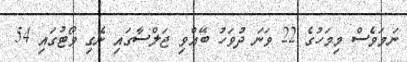
ނަމަވެސް މިމަހުގެ 22 ވަނަ ދުވަހު ބޭއްވި ޖަލްސާގައި ނެގި ވޯޓުގައި 54